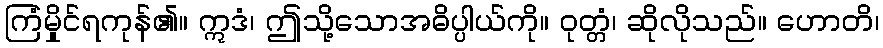
ကြံမှိုင်ရကုန်၏။ ဣဒံ၊ ဤသို့သောအဓိပ္ပါယ်ကို။ ဝုတ္တံ၊ ဆိုလိုသည်။ ဟောတိ၊